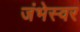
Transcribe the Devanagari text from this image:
जंभेस्वर